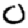
Digit: 2